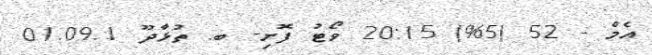
އެމް - 52 (5%) 20:15 ވޯޓު ފޮށި- ބ. ތުޅާދޫ 01.09.1